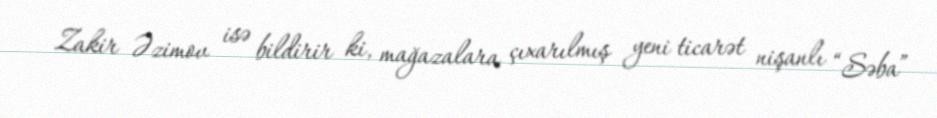
Zakir Əzimov isə bildirir ki, mağazalara çıxarılmış yeni ticarət nişanlı “Səba”